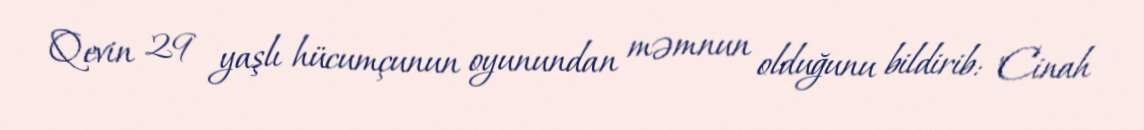
Qevin 29 yaşlı hücumçunun oyunundan məmnun olduğunu bildirib: "Cinah